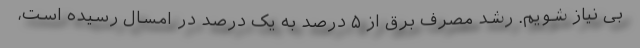
بی نیاز شویم. رشد مصرف برق از ۵ درصد به یک درصد در امسال رسیده است،